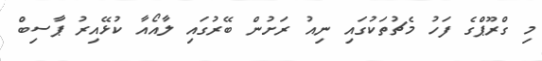
މި ގްރޫޕްގެ ފަހު މެޗުތަކުގައި ނިއު ރަށުން ބޭރުގައި ލާއޯއާ ކުޅޭއިރު ޕާސިބް